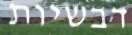
דבשיות